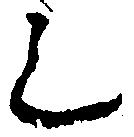
之